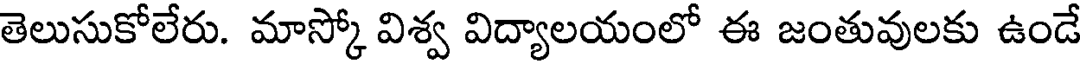
తెలుసుకోలేరు. మాస్కో విశ్వ విద్యాలయంలో ఈ జంతువులకు ఉండే